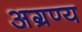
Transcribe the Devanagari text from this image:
अग्रण्य